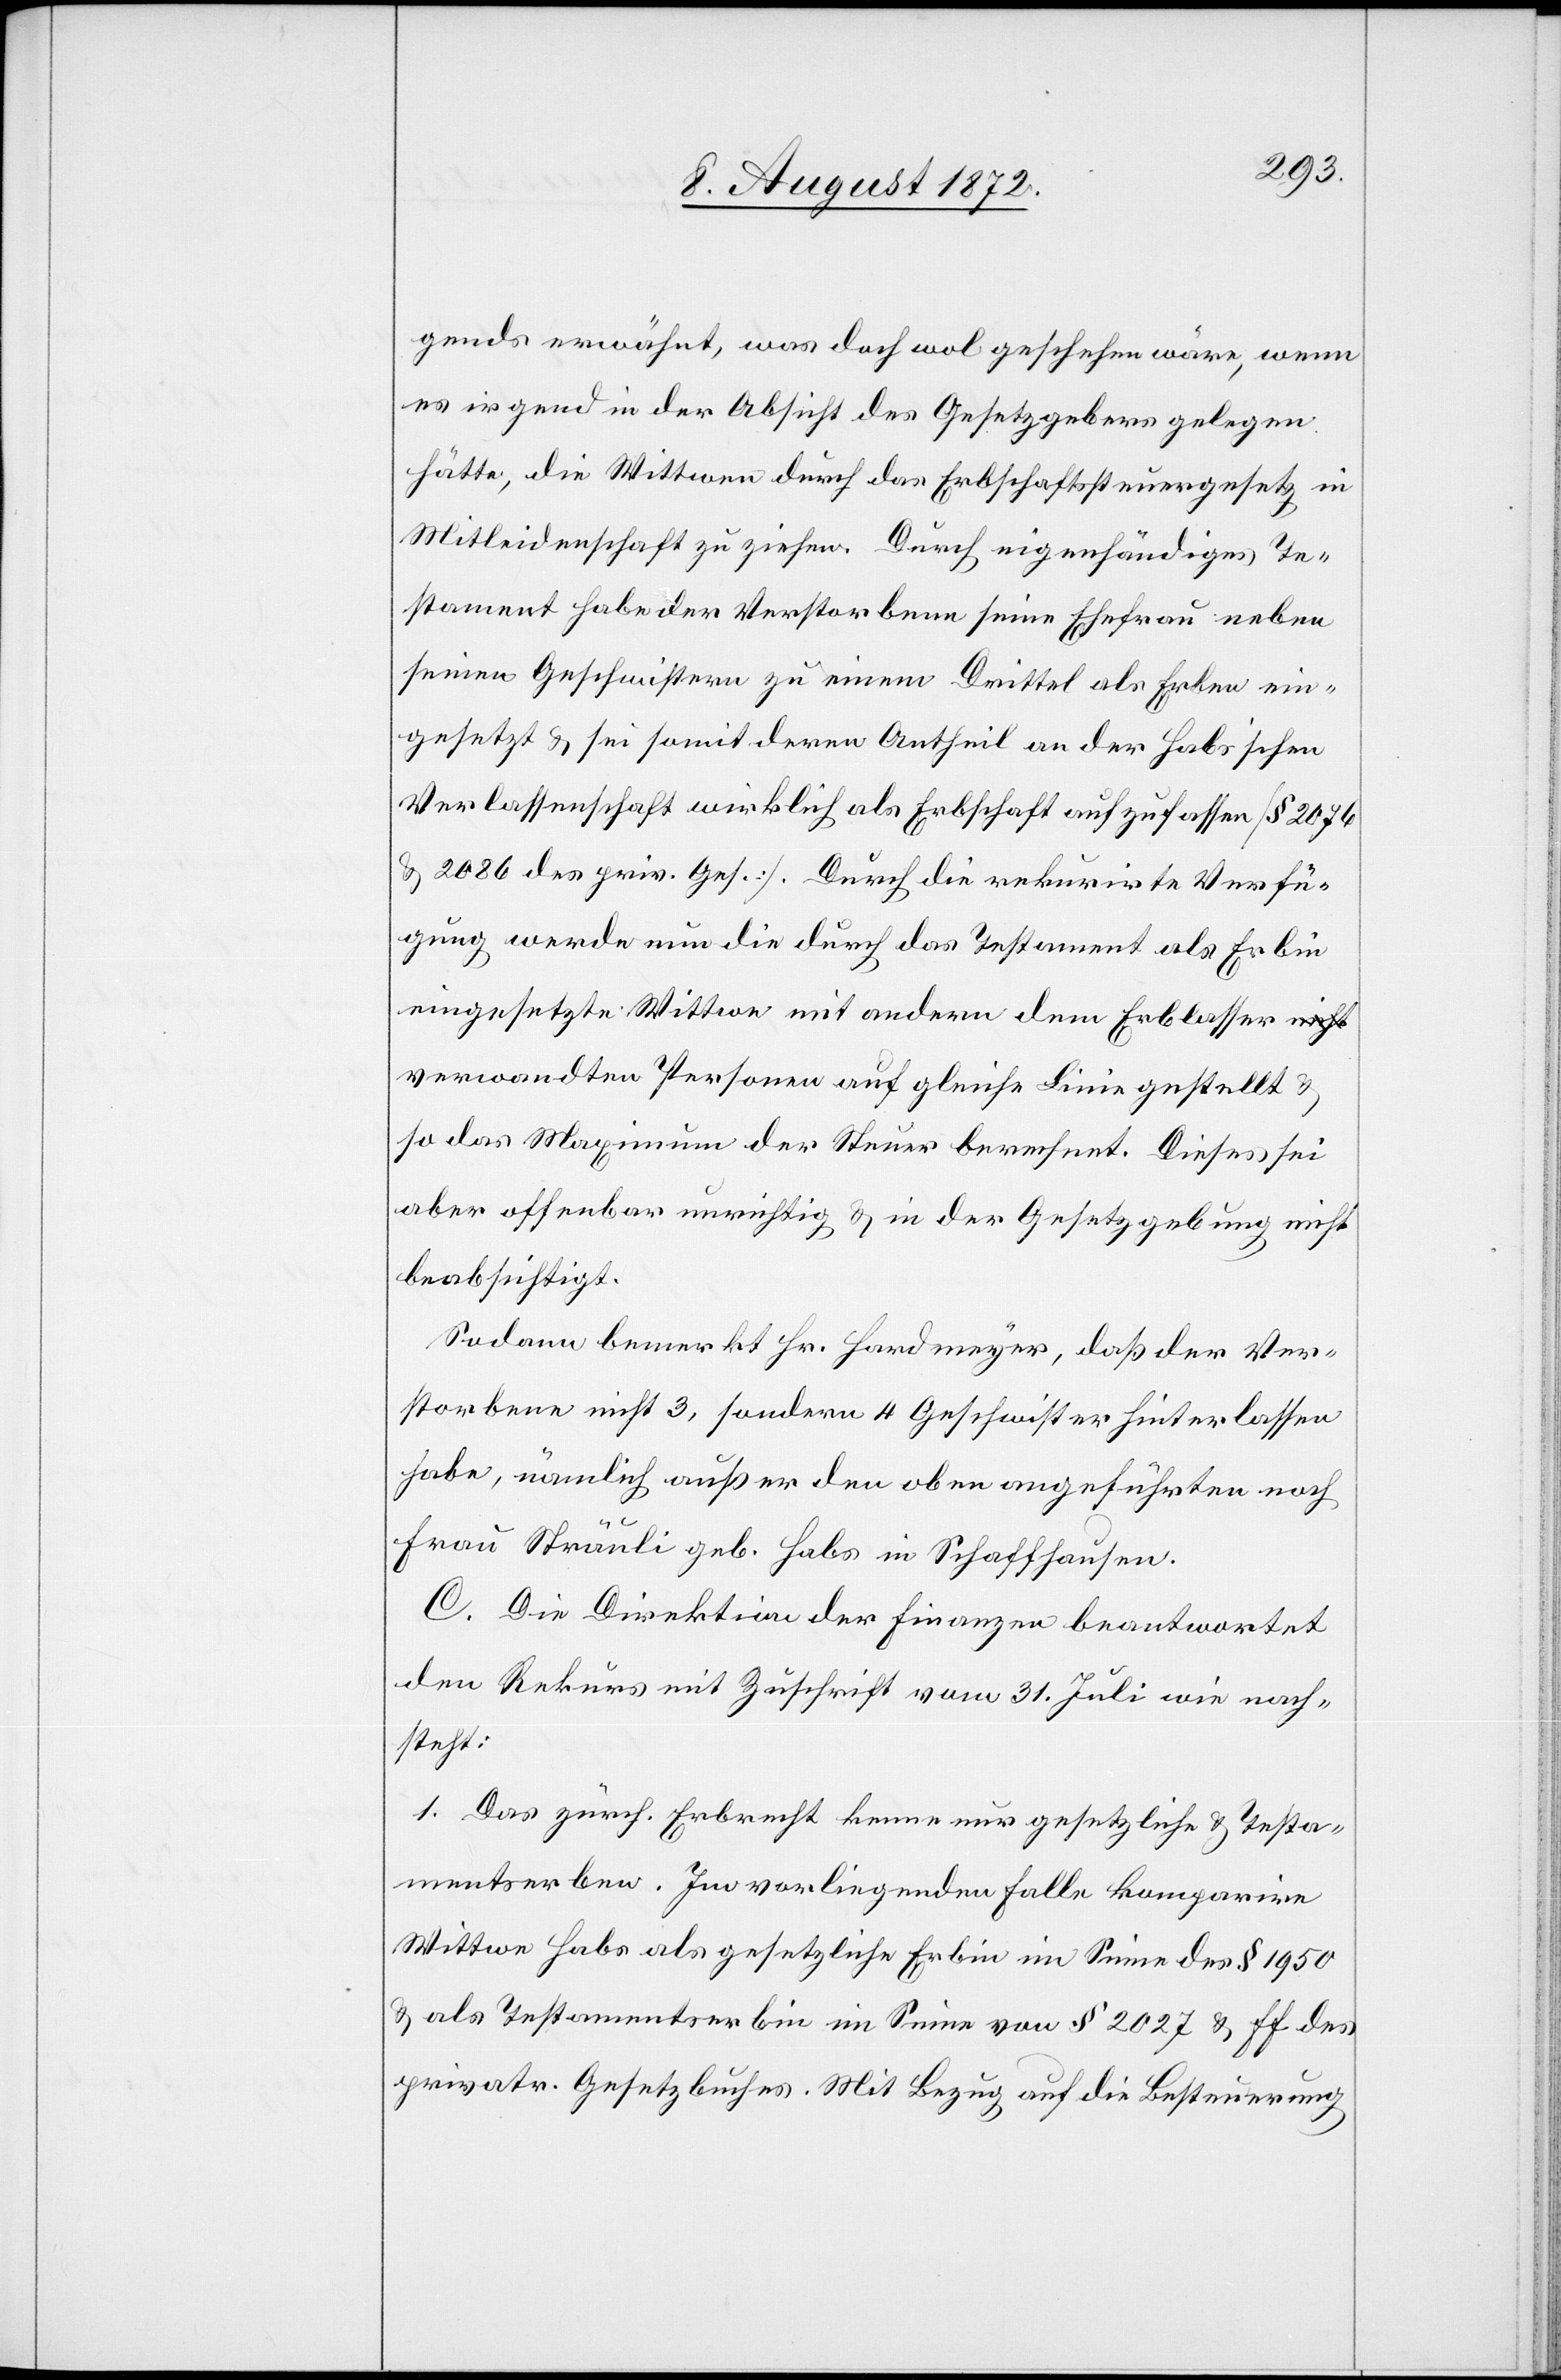
gends erwähnt, was doch wol geschehen wäre, wenn
es irgend in der Absicht des Gesetzgebers gelegen
hätte, die Wittwen durch das Erbschaftssteuergesetz in
Mitleidenschaft zu ziehen. Durch eigenhändiges Te¬
stament habe der Verstorbene seine Ehefrau neben
seinen Geschwistern zu einem Drittel als Erben ein¬
gesetzt u. sei somit deren Antheil an der Habs’schen
Verlassenschaft wirklich als Erbschaft aufzufassen [§ 2076
u. 2086 des priv. Ges.]. Durch die rekurirte Verfü¬
gung werde nun die durch das Testament als Erbin
eingesetzte Wittwe mit andern dem Erblassen
verwandten Personen auf gleiche Linie gestellt u.
so das Maximum der Steuer berechnet. Dieses sei
aber offenbar unrichtig u. in der Gesetzgebung nicht
beabsichtigt.
Sodann bemerkt Hr. Hardmeyer, daß der Ver¬
storbene nicht 3, sondern 4 Geschwister hinterlassen
habe, nämlich außer den oben angeführten noch
Frau Sträuli geb. Habs in Schaffhausen.
C. Die Direktion der Finanzen beantwortet
den Rekurs mit Zuschrift vom 31. Juli wie nach¬
steht:
1. das zürch. Erbrecht kenne nur gesetzliche u. Testa¬
mentserben. Im vorliegenden Falle komparire
Wittwe Habs als gesetzliche Erbin im Sinne des § 1950
u. als Testamentserbin im Sinne von § 2027 u. ff des
privatr. Gesetzbuches. Mit Bezug auf die Besteuerung